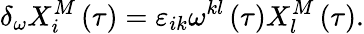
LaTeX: \delta_{\omega}X_{i}^{M}\left(\tau\right)=\varepsilon_{ik}\omega^{kl}\left(\tau\right)X_{l}^{M}\left(\tau\right).